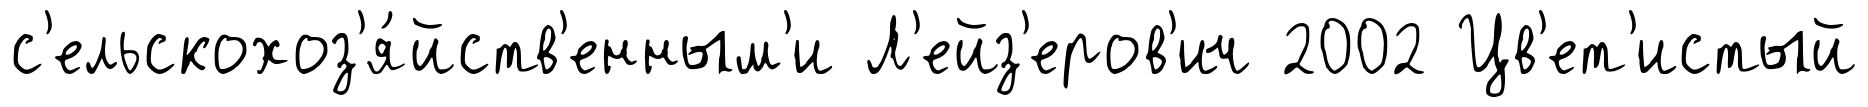
с'ельскохоз'я́йств'енным'и Л'ейз'еров'ич 2002 Цв'ет'истый